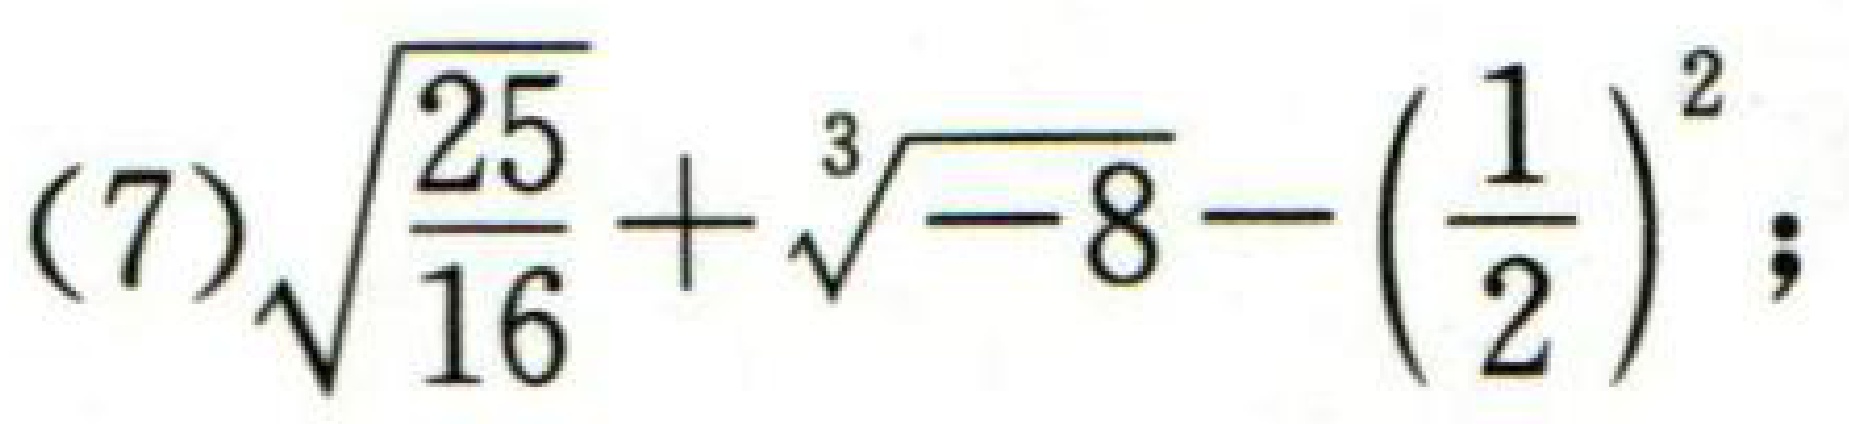
(7)$\sqrt{\frac{25}{16}}+\sqrt[3]{-8}-(\frac{1}{2})^{2}$;